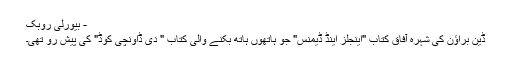
- بیورلی روبک
ڈین براؤن کی شہرہ آفاق کتاب "اینجلز اینڈ ڈیمنس" جو ہاتھوں ہاتھ بکنے والی کتاب " دی ڈاونچی کوڈ" کی پیش رو تھی۔